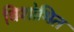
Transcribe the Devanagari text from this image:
विशोभित